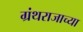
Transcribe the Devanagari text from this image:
ग्रंथराजाच्या